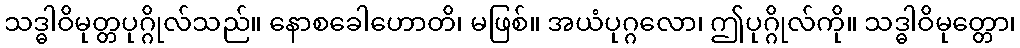
သဒ္ဓါဝိမုတ္တပုဂ္ဂိုလ်သည်။ နောစခေါဟောတိ၊ မဖြစ်။ အယံပုဂ္ဂလော၊ ဤပုဂ္ဂိုလ်ကို။ သဒ္ဓါဝိမုတ္တော၊